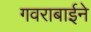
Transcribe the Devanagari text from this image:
गवराबाईने